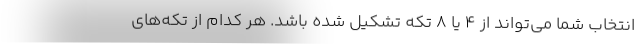
انتخاب شما می‌تواند از 4 یا 8 تکه تشکیل شده باشد. هر کدام از تکه‌های